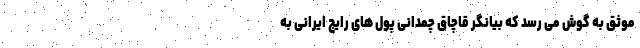
موثق به گوش می رسد که بیانگر قاچاق چمدانی پول های رایج ایرانی به